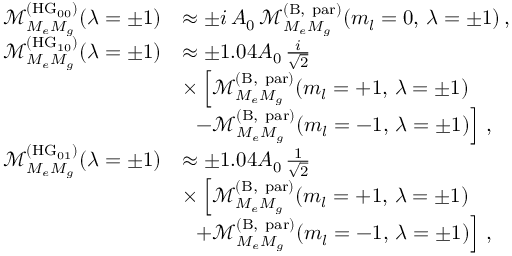
\begin{array} { r l } { \mathcal { M } _ { M _ { e } M _ { g } } ^ { ( \mathrm { H G } _ { 0 0 } ) } ( \lambda = \pm 1 ) } & { \approx \pm i \, A _ { 0 } \, \mathcal { M } _ { M _ { e } M _ { g } } ^ { ( \mathrm { B , ~ p a r } ) } ( m _ { l } = 0 , \, \lambda = \pm 1 ) \, , } \\ { \mathcal { M } _ { M _ { e } M _ { g } } ^ { ( \mathrm { H G } _ { 1 0 } ) } ( \lambda = \pm 1 ) } & { \approx \pm 1 . 0 4 A _ { 0 } \, \frac { i } { \sqrt { 2 } } } \\ & { \times \left[ \mathcal { M } _ { M _ { e } M _ { g } } ^ { ( \mathrm { B , ~ p a r } ) } ( m _ { l } = + 1 , \, \lambda = \pm 1 ) \right. } \\ & { \left. \; \; - \mathcal { M } _ { M _ { e } M _ { g } } ^ { ( \mathrm { B , ~ p a r } ) } ( m _ { l } = - 1 , \, \lambda = \pm 1 ) \right] \, , } \\ { \mathcal { M } _ { M _ { e } M _ { g } } ^ { ( \mathrm { H G } _ { 0 1 } ) } ( \lambda = \pm 1 ) } & { \approx \pm 1 . 0 4 A _ { 0 } \, \frac { 1 } { \sqrt { 2 } } } \\ & { \times \left[ \mathcal { M } _ { M _ { e } M _ { g } } ^ { ( \mathrm { B , ~ p a r } ) } ( m _ { l } = + 1 , \, \lambda = \pm 1 ) \right. } \\ & { \left. \; \; + \mathcal { M } _ { M _ { e } M _ { g } } ^ { ( \mathrm { B , ~ p a r } ) } ( m _ { l } = - 1 , \, \lambda = \pm 1 ) \right] \, , } \end{array}